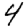
Digit: 4